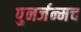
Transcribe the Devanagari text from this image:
पुनर्जन्मच